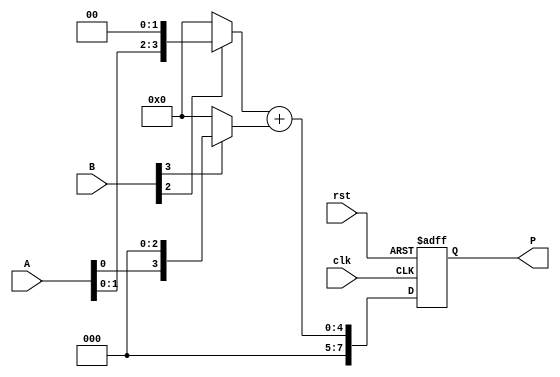
module VedicMultiplier #(parameter N = 4) (
    input  wire [N-1:0] A,  // Input A
    input  wire [N-1:0] B,  // Input B
    input  wire clk,        // Clock signal
    input  wire rst,        // Reset signal
    output reg [2*N-1:0] P  // Output Product
);

// Internal signals for partial products
wire [N-1:0] pp [0:N-1]; // Partial products
wire [2*N-1:0] sum;      // Sum of partial products

// Generate partial products
genvar i;
generate
    for (i = 0; i < N; i = i + 1) begin : partial_product_gen
        assign pp[i] = (B[i]) ? (A << i) : 0; // Shift A according to the bit position of B
    end
endgenerate

// Add partial products using a simple adder
// This example uses a tree structure for adding the partial products
// Note: A more advanced adder can be implemented for larger N

wire [2*N-1:0] temp_sum [0:N/2-1]; // Temporary sums for the tree structure

generate
    for (i = 0; i < N/2; i = i + 1) begin : adder_tree
        assign temp_sum[i] = pp[2*i] + pp[2*i+1]; // Pairwise addition
    end
endgenerate

// Final addition of the remaining partial products
assign sum = (N % 2 == 0) ? temp_sum[N/2-1] : temp_sum[N/2-1] + pp[N-1];

// Sequential logic to update output P
always @(posedge clk or posedge rst) begin
    if (rst) begin
        P <= 0; // Reset output
    end else begin
        P <= sum; // Update output with the computed product
    end
end

endmodule